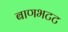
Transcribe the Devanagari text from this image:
बाणभटट